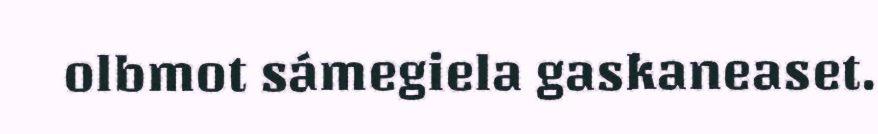
olbmot sámegiela gaskaneaset.